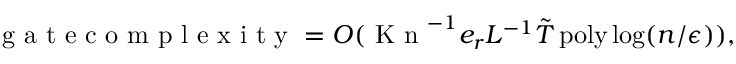
\mathrm { ~ g ~ a ~ t ~ e ~ c ~ o ~ m ~ p ~ l ~ e ~ x ~ i ~ t ~ y ~ } = O ( \ensuremath { \mathrm { ~ K ~ n ~ } } ^ { - 1 } e _ { r } L ^ { - 1 } \tilde { T } \ensuremath { \operatorname { p o l y } } \log ( n / \epsilon ) ) ,